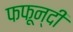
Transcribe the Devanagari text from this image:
फफून्दी